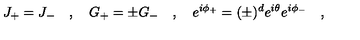
J _ { + } = J _ { - } \quad , \quad G _ { + } = \pm G _ { - } \quad , \quad e ^ { i \phi _ { + } } = ( \pm ) ^ { d } e ^ { i \theta } e ^ { i \phi _ { - } } \quad ,